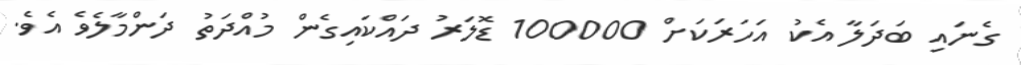
ގެނައި ބަދަލާ އެކު އަހަރަކަށް 100000 ޑޮލަރު ދައްކައިގެން މުއްދަތު ދަންމާލެވެ އެވެ.